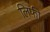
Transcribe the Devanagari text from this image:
लिफी